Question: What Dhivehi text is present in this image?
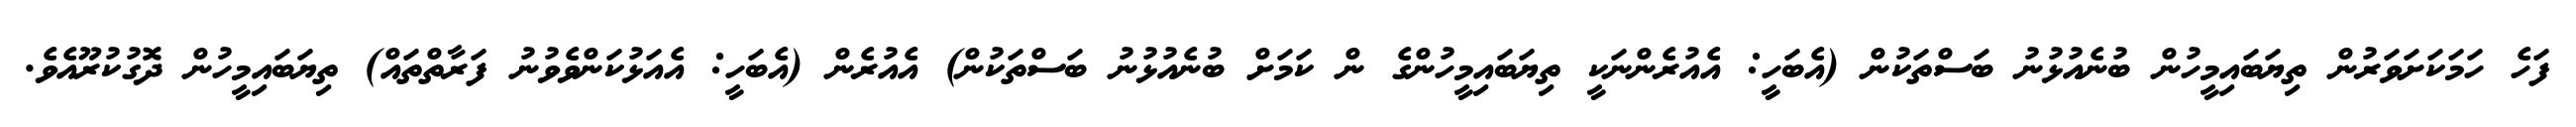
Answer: ފަހެ ހަމަކަށަވަރުން ތިޔަބައިމީހުން ބުނެއުޅުނު ބަސްތަކުން (އެބަހީ: އެއުރެންނަކީ ތިޔަބައިމީހުންގެ ން ކަމަށް ބުނެއުޅުނު ބަސްތަކުން) އެއުރެން (އެބަހީ: އެއަޅުކަންވެވުނު ފަރާތްތައް) ތިޔަބައިމީހުން ދޮގުކުރޫއެވެ.